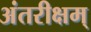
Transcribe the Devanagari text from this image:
अंतरीक्षम्